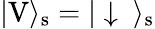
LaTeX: |\mathrm{V}\rangle_{\mathrm{s}}=|\downarrow\ \rangle_{\mathrm{s}}